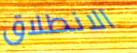
الانطلاق